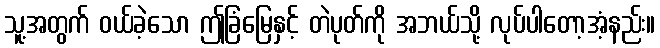
သူ့အတွက် ဝယ်ခဲ့သော ဤခြံမြေနှင့် တဲပုတ်ကို အဘယ်သို့ လုပ်ပါတော့အံ့နည်း။